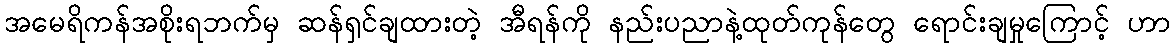
အမေရိကန်အစိုးရဘက်မှ ဆန်ရှင်ချထားတဲ့ အီရန်ကို နည်းပညာနဲ့ထုတ်ကုန်တွေ ရောင်းချမှုကြောင့် ဟာ